65_HS1-834228961_62-HQ-83894_Section_4
Agency: FBI
Page 89
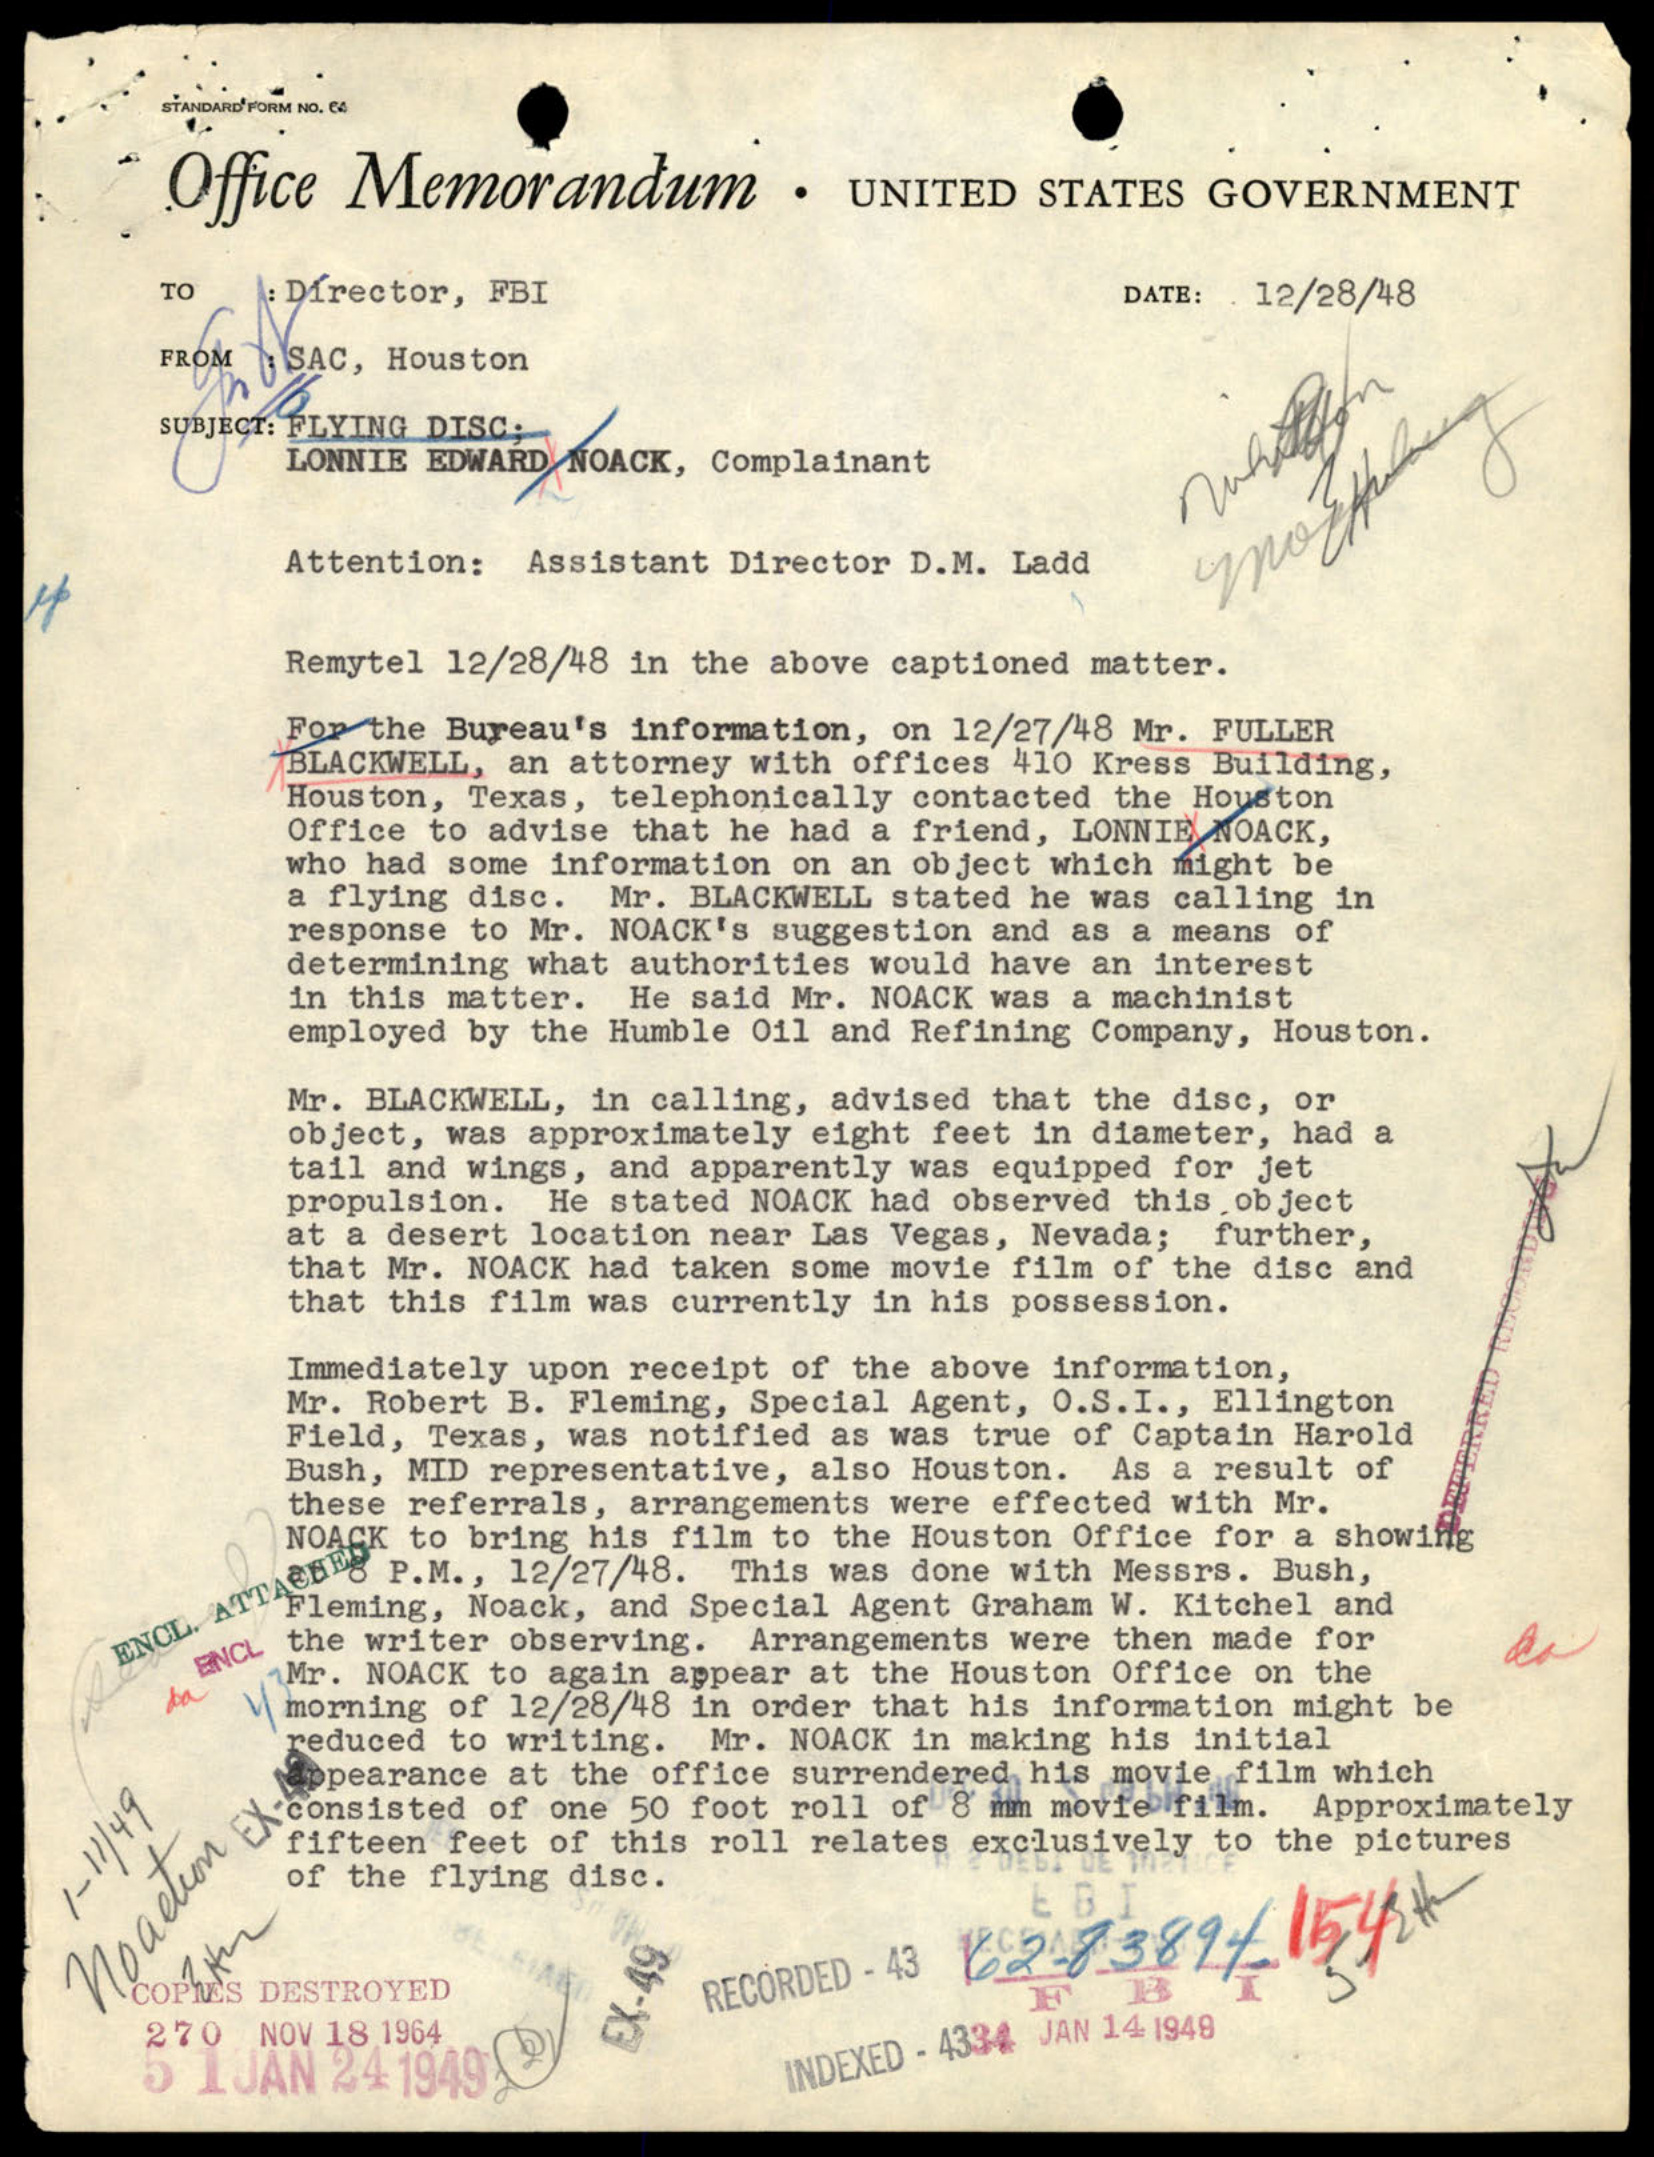